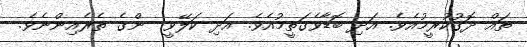
ތައް ދޮގުކުރީމުއެވެ. އަދި ބޮޑާވެގަތީމުއެވެ. އަދި ކަލޭވީ  ންގެ ތެރެއިންނެވެ.